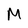
Character: M